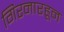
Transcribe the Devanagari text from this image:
गिरनारहून